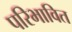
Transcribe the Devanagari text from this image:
परिभावित